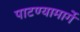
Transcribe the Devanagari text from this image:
पाटण्यामार्गे